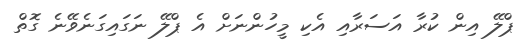
ޕްލޭ އިން ކުރާ އަސަރާއި އެކި މީހުންނަށް އެ ޕްލޭ ނަގައިގަނެވޭނެ ގޮތް